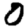
Digit: 0